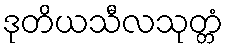
ဒုတိယသီလသုတ္တံ